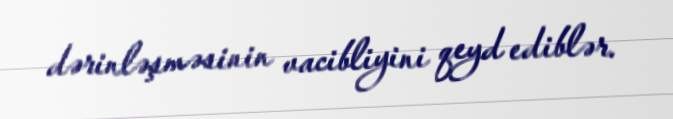
dərinləşməsinin vacibliyini qeyd ediblər.